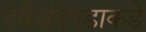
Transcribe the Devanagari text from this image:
हरिश्चंद्रगडाकडे